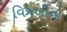
વિજળીનો